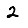
Digit: 2